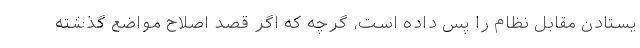
یستادن مقابل نظام را پس داده است، گرچه که اگر قصد اصلاح مواضع گذشته